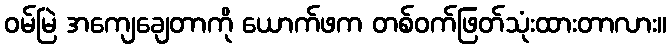
ဝမ်မြဲ အကျေချေတာကို ယောက်ဖက တစ်ဝက်ဖြတ်သုံးထားတာလား။